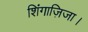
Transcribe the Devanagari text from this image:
शिंगाज़िजा।